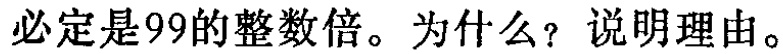
必定是99的整数倍。为什么？说明理由。